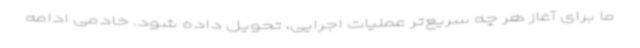
ما برای آغاز هر چه سریع‌تر عملیات اجرایی، تحویل داده شود. خادمی ادامه